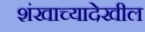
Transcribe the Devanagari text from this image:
शंखाच्यादेखील